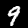
Digit: 9